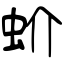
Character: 蚧